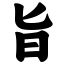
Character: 旨